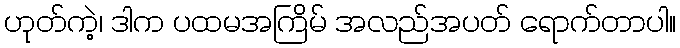
ဟုတ်ကဲ့၊ ဒါက ပထမအကြိမ် အလည်အပတ် ရောက်တာပါ။